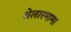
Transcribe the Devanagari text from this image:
शेलारमामा